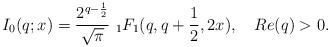
LaTeX: \begin{align*}I_{0}(q;x)=\frac{2^{q-\frac{1}{2}}}{\sqrt{\pi }}\ {_{1}F_{1}}(q,q+\frac{1}{2},2x),\ \ \ Re(q)>0. \end{align*}